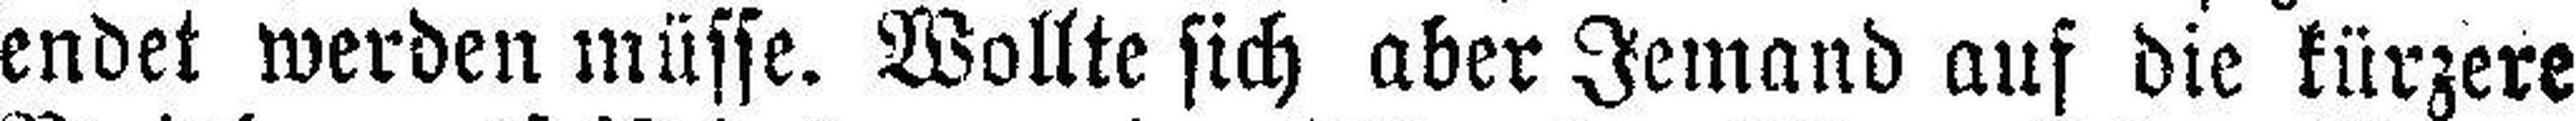
endet werden müsse. Wollte sich aber Jemand auf die kürzere